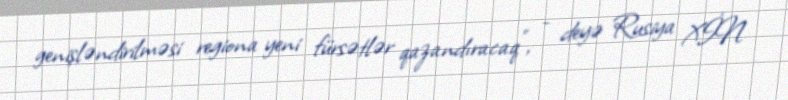
genişləndirilməsi regiona yeni fürsətlər qazandıracaq”, - deyə Rusiya XİN